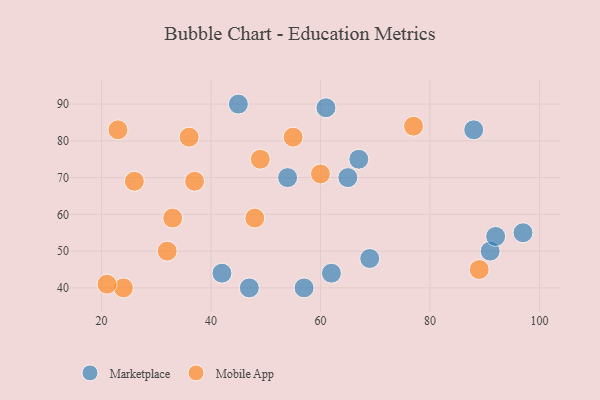
{"axis": {"x": "GDP", "y": "Life Expectancy"}, "legend": ["Marketplace", "Mobile App"], "data": [{"x": "57", "y": 40, "type": "Marketplace"}, {"x": "42", "y": 44, "type": "Marketplace"}, {"x": "65", "y": 70, "type": "Marketplace"}, {"x": "61", "y": 89, "type": "Marketplace"}, {"x": "45", "y": 90, "type": "Marketplace"}, {"x": "88", "y": 83, "type": "Marketplace"}, {"x": "97", "y": 55, "type": "Marketplace"}, {"x": "47", "y": 40, "type": "Marketplace"}, {"x": "54", "y": 70, "type": "Marketplace"}, {"x": "91", "y": 50, "type": "Marketplace"}, {"x": "67", "y": 75, "type": "Marketplace"}, {"x": "62", "y": 44, "type": "Marketplace"}, {"x": "69", "y": 48, "type": "Marketplace"}, {"x": "92", "y": 54, "type": "Marketplace"}, {"x": "33", "y": 59, "type": "Mobile App"}, {"x": "89", "y": 45, "type": "Mobile App"}, {"x": "32", "y": 50, "type": "Mobile App"}, {"x": "24", "y": 40, "type": "Mobile App"}, {"x": "49", "y": 75, "type": "Mobile App"}, {"x": "77", "y": 84, "type": "Mobile App"}, {"x": "21", "y": 41, "type": "Mobile App"}, {"x": "60", "y": 71, "type": "Mobile App"}, {"x": "37", "y": 69, "type": "Mobile App"}, {"x": "55", "y": 81, "type": "Mobile App"}, {"x": "36", "y": 81, "type": "Mobile App"}, {"x": "23", "y": 83, "type": "Mobile App"}, {"x": "26", "y": 69, "type": "Mobile App"}, {"x": "48", "y": 59, "type": "Mobile App"}]}